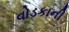
વોડકાની